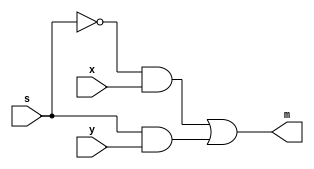
module mux2to1(input x, y, s, output m);

	assign m = (~s & x) | (s & y);
	
endmodule